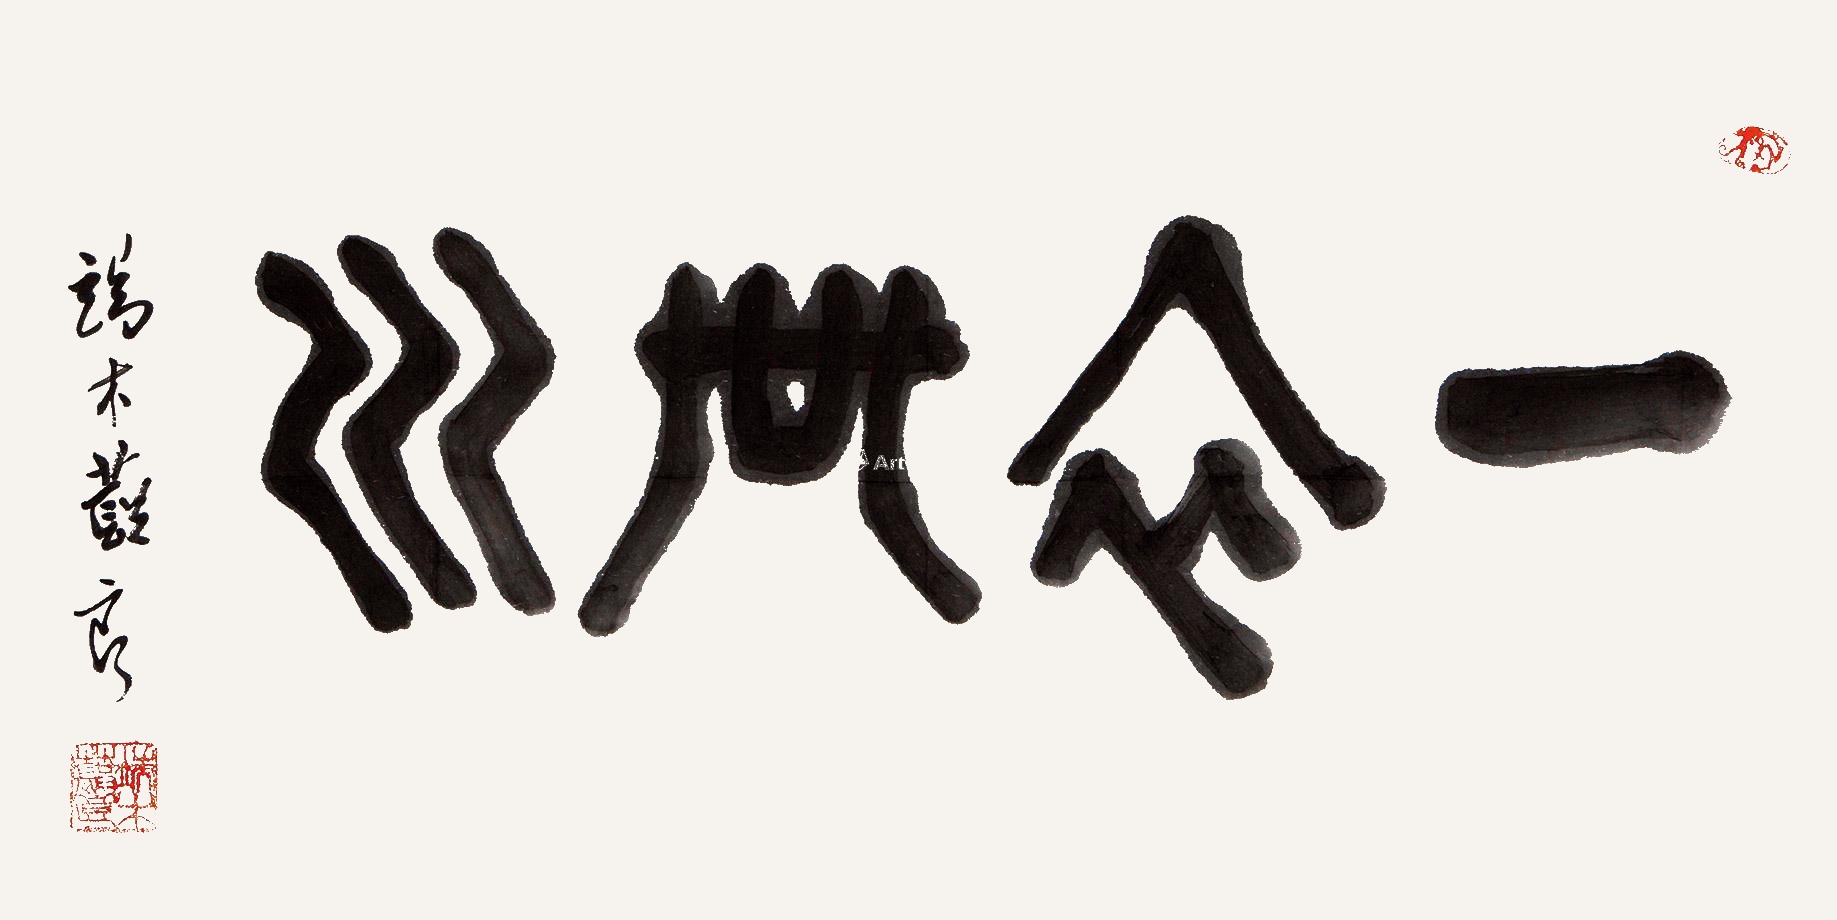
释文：一衣带水。端木蕻良。